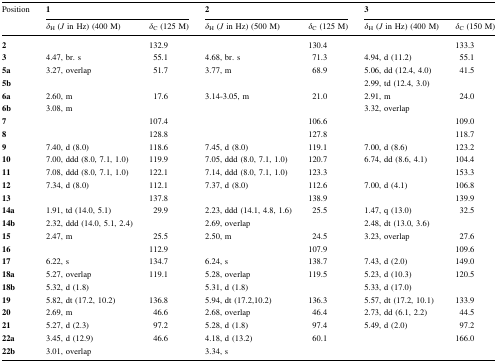
<table><thead><tr><td rowspan="2"><b>Position</b></td><td colspan="2"><b>1</b></td><td colspan="2"><b>2</b></td><td colspan="2"><b>3</b></td></tr><tr><td><b><i>δ</i><sub>H</sub> (<i>J</i> in Hz) (400 M)</b></td><td><b><i>δ</i><sub>C</sub> (125 M)</b></td><td><b><i>δ</i><sub>H</sub> (<i>J</i> in Hz) (500 M)</b></td><td><b><i>δ</i><sub>C</sub> (125 M)</b></td><td><b><i>δ</i><sub>H</sub> (<i>J</i> in Hz) (400 M)</b></td><td><b><i>δ</i><sub>C</sub> (150 M)</b></td></tr></thead><tbody><tr><td><b>2</b></td><td></td><td>132.9</td><td></td><td>130.4</td><td></td><td>133.3</td></tr><tr><td><b>3</b></td><td>4.47, br. s</td><td>55.1</td><td>4.68, br. s</td><td>71.3</td><td>4.94, d (11.2)</td><td>55.1</td></tr><tr><td><b>5a</b></td><td>3.27, overlap</td><td>51.7</td><td>3.77, m</td><td>68.9</td><td>5.06, dd (12.4, 4.0)</td><td>41.5</td></tr><tr><td><b>5b</b></td><td></td><td></td><td></td><td></td><td>2.99, td (12.4, 3.0)</td><td></td></tr><tr><td><b>6a</b></td><td>2.60, m</td><td>17.6</td><td>3.14-3.05, m</td><td>21.0</td><td>2.91, m</td><td>24.0</td></tr><tr><td><b>6b</b></td><td>3.08, m</td><td></td><td></td><td></td><td>3.32, overlap</td><td></td></tr><tr><td><b>7</b></td><td></td><td>107.4</td><td></td><td>106.6</td><td></td><td>109.0</td></tr><tr><td><b>8</b></td><td></td><td>128.8</td><td></td><td>127.8</td><td></td><td>118.7</td></tr><tr><td><b>9</b></td><td>7.40, d (8.0)</td><td>118.6</td><td>7.45, d (8.0)</td><td>119.1</td><td>7.00, d (8.6)</td><td>123.2</td></tr><tr><td><b>10</b></td><td>7.00, ddd (8.0, 7.1, 1.0)</td><td>119.9</td><td>7.05, ddd (8.0, 7.1, 1.0)</td><td>120.7</td><td>6.74, dd (8.6, 4.1)</td><td>104.4</td></tr><tr><td><b>11</b></td><td>7.08, ddd (8.0, 7.1, 1.0)</td><td>122.1</td><td>7.14, ddd (8.0, 7.1, 1.0)</td><td>123.3</td><td></td><td>153.3</td></tr><tr><td><b>12</b></td><td>7.34, d (8.0)</td><td>112.1</td><td>7.37, d (8.0)</td><td>112.6</td><td>7.00, d (4.1)</td><td>106.8</td></tr><tr><td><b>13</b></td><td></td><td>137.8</td><td></td><td>138.9</td><td></td><td>139.9</td></tr><tr><td><b>14a</b></td><td>1.91, td (14.0, 5.1)</td><td>29.9</td><td>2.23, ddd (14.1, 4.8, 1.6)</td><td>25.5</td><td>1.47, q (13.0)</td><td>32.5</td></tr><tr><td><b>14b</b></td><td>2.32, ddd (14.0, 5.1, 2.4)</td><td></td><td>2.69, overlap</td><td></td><td>2.48, dt (13.0, 3.6)</td><td></td></tr><tr><td><b>15</b></td><td>2.47, m</td><td>25.5</td><td>2.50, m</td><td>24.5</td><td>3.23, overlap</td><td>27.6</td></tr><tr><td><b>16</b></td><td></td><td>112.9</td><td></td><td>107.9</td><td></td><td>109.6</td></tr><tr><td><b>17</b></td><td>6.22, s</td><td>134.7</td><td>6.24, s</td><td>138.7</td><td>7.43, d (2.0)</td><td>149.0</td></tr><tr><td><b>18a</b></td><td>5.27, overlap</td><td>119.1</td><td>5.28, overlap</td><td>119.5</td><td>5.23, d (10.3)</td><td>120.5</td></tr><tr><td><b>18b</b></td><td>5.32, d (1.8)</td><td></td><td>5.31, d (1.8)</td><td></td><td>5.33, d (17.0)</td><td></td></tr><tr><td><b>19</b></td><td>5.82, dt (17.2, 10.2)</td><td>136.8</td><td>5.94, dt (17.2,10.2)</td><td>136.3</td><td>5.57, dt (17.2, 10.1)</td><td>133.9</td></tr><tr><td><b>20</b></td><td>2.69, m</td><td>46.6</td><td>2.68, overlap</td><td>46.4</td><td>2.73, dd (6.1, 2.2)</td><td>44.5</td></tr><tr><td><b>21</b></td><td>5.27, d (2.3)</td><td>97.2</td><td>5.28, d (1.8)</td><td>97.4</td><td>5.49, d (2.0)</td><td>97.2</td></tr><tr><td><b>22a</b></td><td>3.45, d (12.9)</td><td>46.6</td><td>4.18, d (13.2)</td><td>60.1</td><td></td><td>166.0</td></tr><tr><td><b>22b</b></td><td>3.01, overlap</td><td></td><td>3.34, s</td><td></td><td></td><td></td></tr></tbody></table>